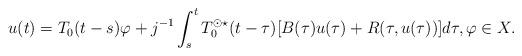
LaTeX: \begin{align*} u(t) = T_0(t-s)\varphi + j^{-1} \int_s^t T_0^{\odot \star}(t-\tau)[B(\tau)u(\tau) + R(\tau,u(\tau))] d\tau, \varphi \in X.\end{align*}